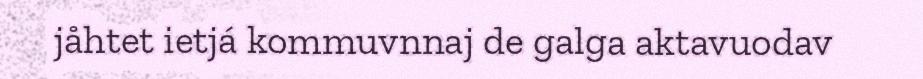
jåhtet ietjá kommuvnnaj de galga aktavuodav